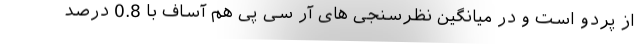
از پردو است و در میانگین نظرسنجی های آر سی پی هم آساف با 0.8 درصد